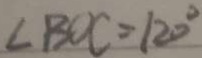
\angle B O C = 1 2 0 ^ { \circ }